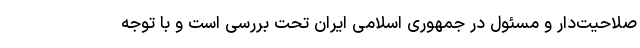
صلاحیت‌دار و مسئول در جمهوری اسلامی ایران تحت بررسی است و با توجه